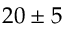
2 0 \pm 5